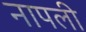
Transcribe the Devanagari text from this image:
नापली